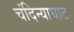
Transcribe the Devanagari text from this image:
चंदिन्याघाट